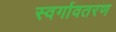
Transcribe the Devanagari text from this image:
स्वर्गावतरण